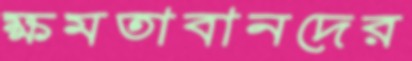
ক্ষমতাবানদের